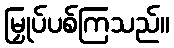
မြှုပ်ပစ်ကြသည်။